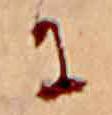
に